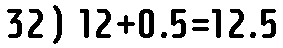
32) 12+0.5=12.5